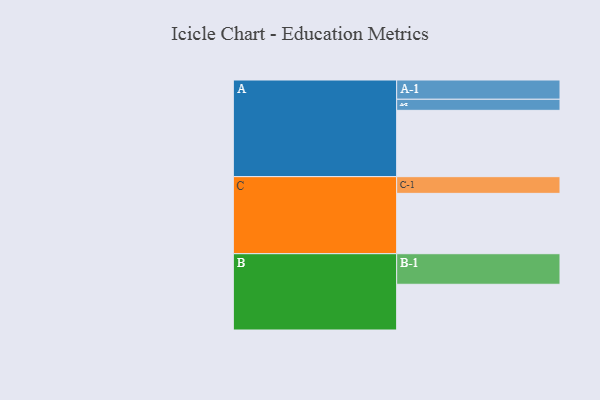
{"axis": {"x": "Segment", "y": "Value"}, "legend": ["", "A", "B", "C"], "data": [{"x": "A", "y": 599, "type": ""}, {"x": "B", "y": 413, "type": ""}, {"x": "C", "y": 545, "type": ""}, {"x": "A-1", "y": 174, "type": "A"}, {"x": "A-2", "y": 100, "type": "A"}, {"x": "B-1", "y": 276, "type": "B"}, {"x": "C-1", "y": 151, "type": "C"}]}